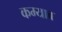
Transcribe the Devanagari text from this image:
कम्याब